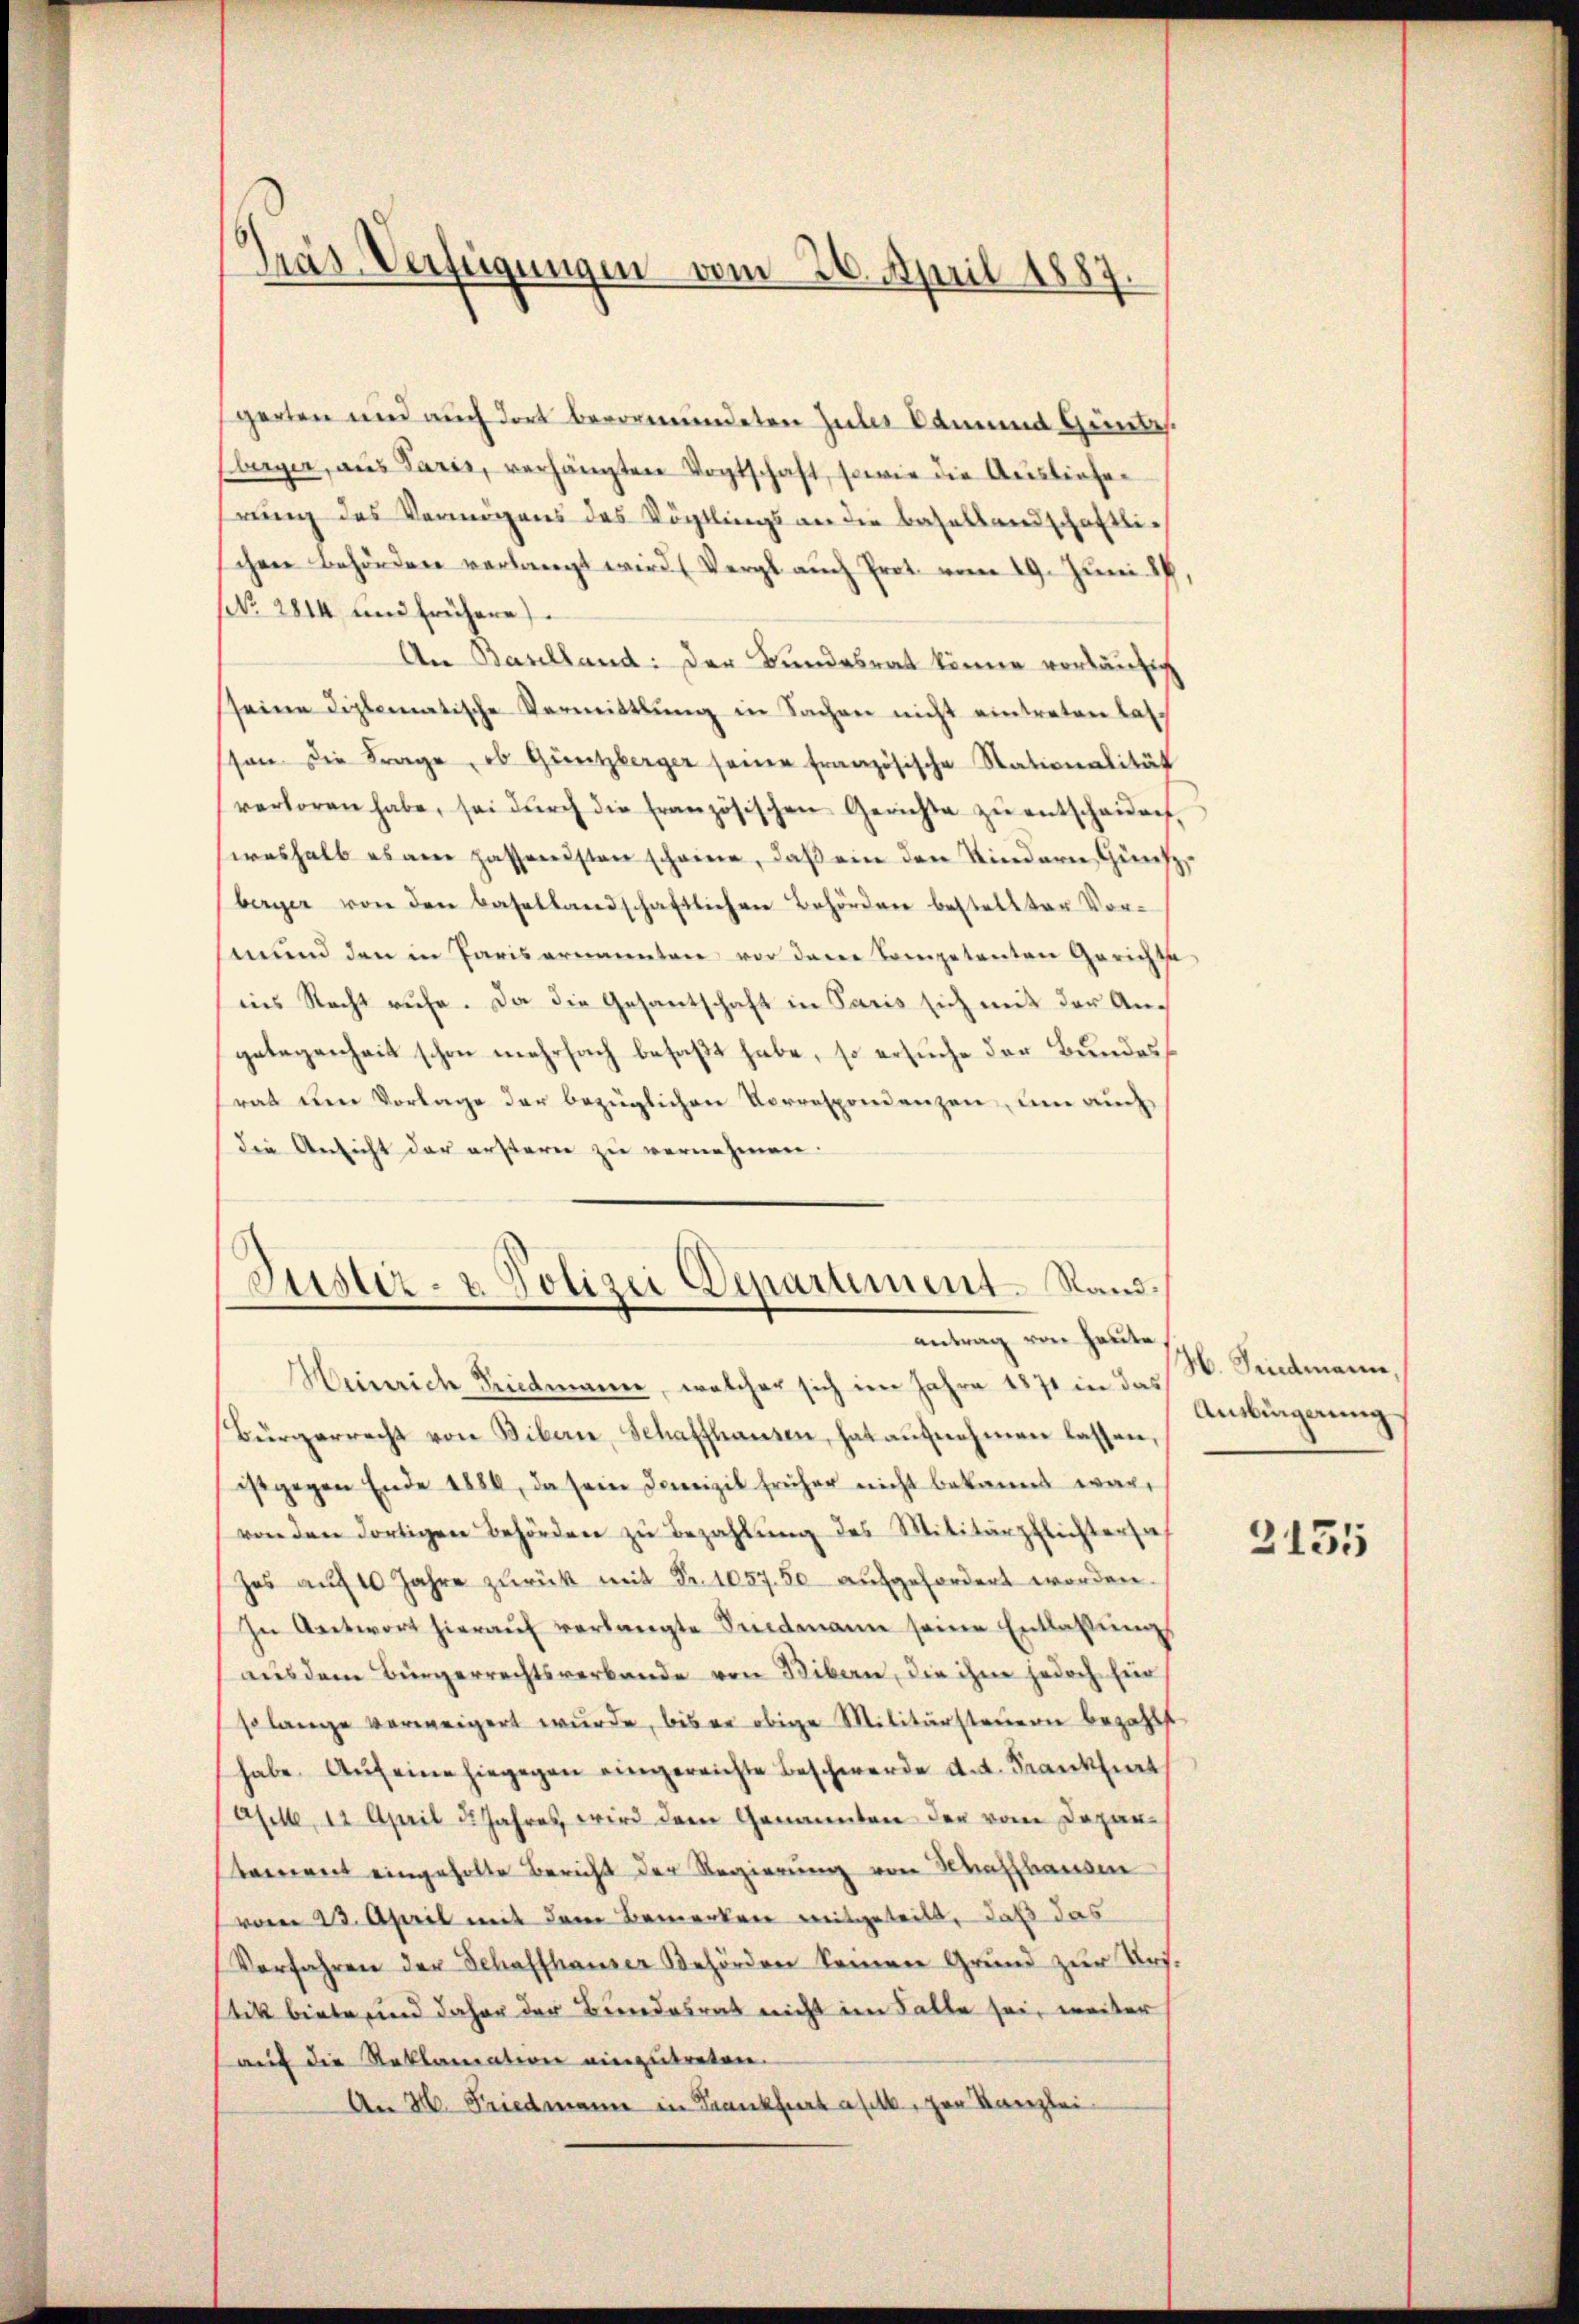
Kräs. Verfeigungen vom 26. April 1887

gerten und auch dort bevormundeten Zuber kamend Günte.
berger, aŭs Paris, verhängten Vogtschaft, sowie die Ausliefer
rung des Vermögens des Vögtlings an die Basellandschaftlic
schen Behörden verlangt wird. (Vergl. auch Prot. vom 29. Juni IV
No 2814 und frühere
An Baselland: Der Bundesrat könne vorläufig
sseine diplomatische Vermittlung in Sachen nicht eintreten lassson die Frage, ob Güntzberger seine französische Stationalität
verloren habe, sei dŭrch die französischen Gerichte zŭ entschaŭen,
weshalb es ane passendsten scheine, daß ein den Kindern Günszberger von den Basellandschaftlichen Behörden bestellten Vor-
mund den in Paris ernannten vor dene Competenten Gerichte
ins Recht ruhe. Da die Gesantschaft in Paris sich mit der Angelegenheit schon mehrfach befaßt habe, so ersuche der Bundes
rat am Vorlage der bezüglichen Vorrespondenzen, um auch
die Ansicht der erstern zu vernehmen.
Justir- u Polizei Departement Rand.

e
.
e
antrag von heute,

Heinrich Friedmann, welcher sich im Jahre 1871 in das
Bürgerrecht von Bibern, Schaffhausen, hat aŭfnahmen lassen,
ist gegen Ende 1886, da sein Domizil früher nicht bekannt war,
von den dortigen Behörden zŭ bezahlŭng des Militärpflichtersah
hes aŭf 10 Jahre zŭrück mit Fr. 1057. 50 aufgefordert worden.
In Antwort hieraŭf verlangte Seidmann seine Entlassŭng
aus dem Bürgerrechtsverbande von Bibern, die ihne jedoch für
so lange verweigert wŭrde, bis er obige Militärsteŭern bezahlt
habe. Aŭf eine hiegegen eingereichte Beschwerde d.d. Frankfiert
afille, 12. April d. Jahres wird dem Genannten der vom Depar-
tament eingeholte Bericht der Regierŭng von Waffhausen
vom 23. April mit dem Bemerken mitgeteilt, daß das
Vorfahren der Schaffhauser Behörden keinen Grund zŭr Urs.
stik biete und daher der Bundesrat nicht im Falle sei, weiter
auf die Reklamation einzutreten.
An H. Friedmann in Frankfurtafel, per Kanzlei

H. Friedmann,
Ausbingerung

2135